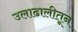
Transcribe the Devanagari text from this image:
उलाढालीतून